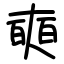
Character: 奭